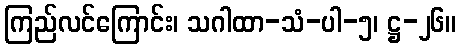
ကြည်လင်ကြောင်း၊ သဂါထာ-သံ-ပါ-၅၊ ဋ္ဌ-၂၆။